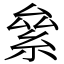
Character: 絫